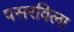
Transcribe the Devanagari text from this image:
पसरविला